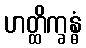
ဟတ္ထိက္ခန္ဓံ